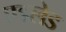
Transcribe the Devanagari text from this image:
एडलेड